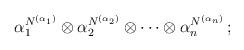
LaTeX: \begin{align*}\alpha_1^{N^{(\alpha_1)}} \otimes \alpha_2^{N^{(\alpha_2)}}\otimes \cdots \otimes \alpha_n^{N^{(\alpha_n)}}\,; \end{align*}